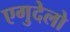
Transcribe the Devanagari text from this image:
एगुदेलो